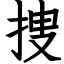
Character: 捜